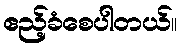
ဧည့်ခံစေပါတယ်။